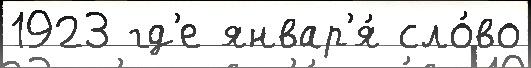
1923 гд'е январ'я́ сло́во